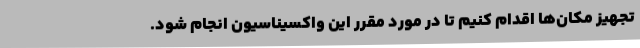
تجهیز مکان‌ها اقدام کنیم تا در مورد مقرر این واکسیناسیون انجام شود.